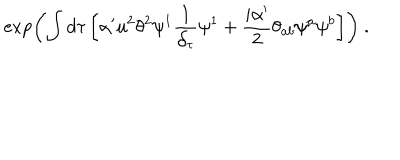
\exp \left( \int d \tau \left[ \alpha ^ { \prime } u ^ { 2 } \theta ^ { 2 } \psi ^ { 1 } \frac { 1 } { \partial _ { \tau } } \psi ^ { 1 } + \frac { i \alpha ^ { \prime } } { 2 } \theta _ { a b } \psi ^ { a } \psi ^ { b } \right] \right) \ .